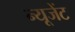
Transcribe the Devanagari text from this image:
न्यूजेंट